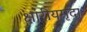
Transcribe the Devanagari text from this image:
क्षारीयमृदा